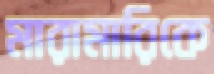
মারামারিকে